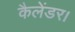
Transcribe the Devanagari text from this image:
कैलेंडर।